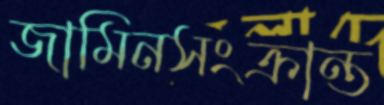
জামিনসংক্রান্ত